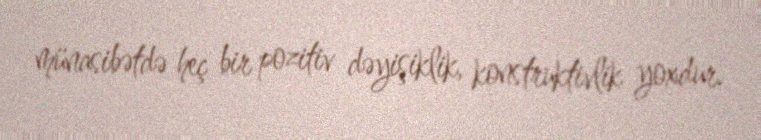
münasibətdə heç bir pozitiv dəyişiklik, konstruktivlik yoxdur.